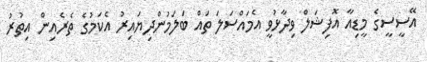
އޭސީސީގެ މީޑިއާ އޮފިޝަލް ވިދާޅުވީ އެމައްސަލަ ތައް ބަލަމުންދިޔައިރު އެކަމުގެ ތެރެއިން އިތުރު